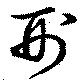
刑